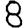
Digit: 8